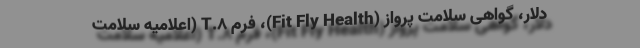
دلار، گواهی سلامت پرواز (Fit Fly Health)، فرم T.8 (اعلامیه سلامت